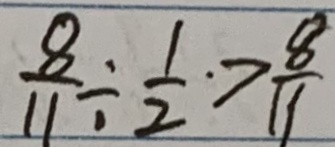
\frac { 8 } { 1 1 } \div \frac { 1 } { 2 } > \frac { 8 } { 1 1 }